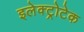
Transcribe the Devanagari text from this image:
इलेक्ट्रोटेक